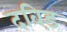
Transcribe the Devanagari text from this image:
दविड़